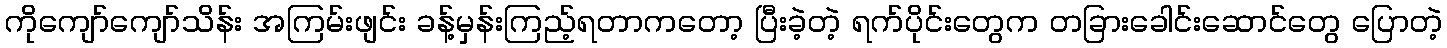
ကိုကျော်ကျော်သိန်း အကြမ်းဖျင်း ခန့်မှန်းကြည့်ရတာကတော့ ပြီးခဲ့တဲ့ ရက်ပိုင်းတွေက တခြားခေါင်းဆောင်တွေ ပြောတဲ့